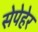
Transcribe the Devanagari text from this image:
सेपेहेर